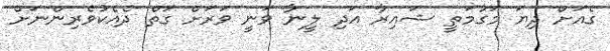
ގެއަށް ދިޔަ މަގުމަތީ ޝައިރާ އަދި ލީނާ ވަނީ ވަަރަށް ގަތް ދެއެކުވެރިންނަށް